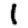
Digit: 1